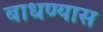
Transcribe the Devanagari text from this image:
बाधण्यास